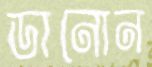
ডানোন